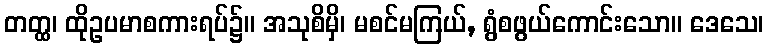
တတ္ထ၊ ထိုဥပမာစကားရပ်၌။ အသုစိမှိ၊ မစင်မကြယ်, ရွံစဖွယ်ကောင်းသော။ ဒေသေ၊